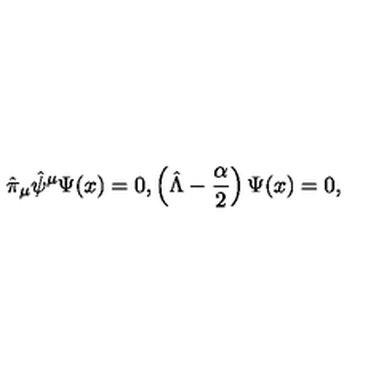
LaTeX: \hat { \pi } _ { \mu } \hat { \psi } ^ { \mu } \Psi ( x ) = 0 , \left( \hat { \Lambda } - \frac { \alpha } { 2 } \right) \Psi ( x ) = 0 ,